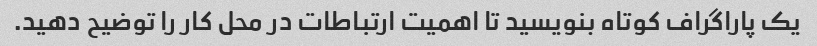
یک پاراگراف کوتاه بنویسید تا اهمیت ارتباطات در محل کار را توضیح دهید.